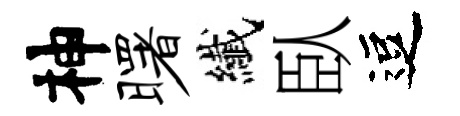
神曙纎臥逗